Report of the Imperial Institute of Veterinary Research, Muktesar
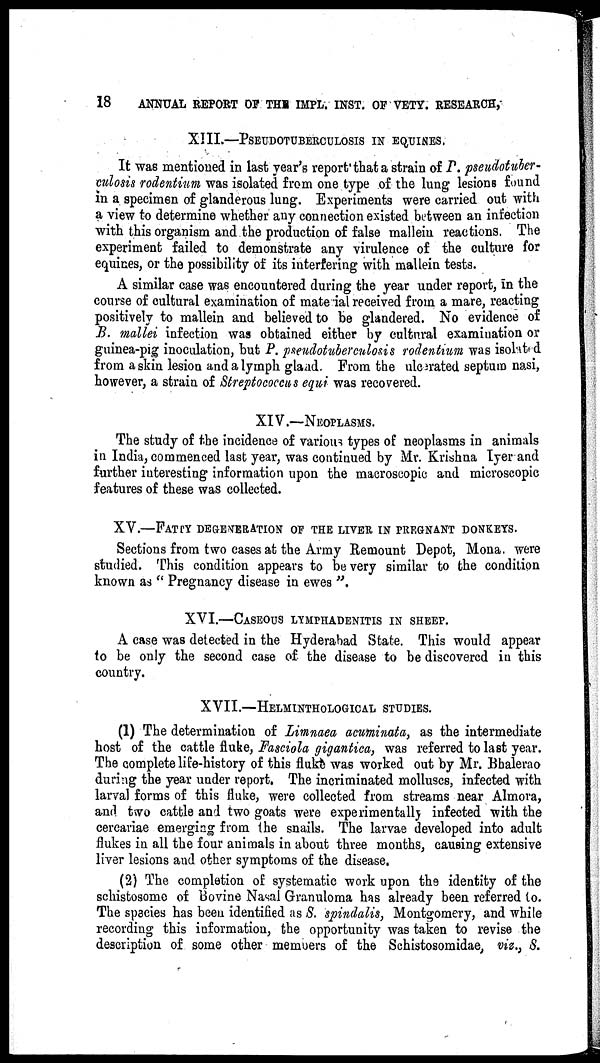
18
ANNUAL REPORT OF THE IMPL. INST. OF VETY. RESEARCH,
XIII.—PSEUDOTUBERCULOSIS IN EQUINES.
It was mentioned in last year's report that a strain of P. pseudotuber-
culosis rodentium was isolated from one type of the lung lesions found
in a specimen of glanderous lung. Experiments were carried out with
a view to determine whether any connection existed between an infection
with this organism and the production of false mallein reactions. The
experiment failed to demonstrate any virulence of the culture for
equines, or the possibility of its interfering with mallein tests.
A similar case was encountered during the year under report, in the
course of cultural examination of material received from a mare, reacting
positively to mallein and believed to be glandered. No evidence of
B. mallei infection was obtained either by cultural examination or
guinea-pig inoculation, but P. pseudotuberculosis rodentium was isolated
from a skin lesion and a lymph gland. From the ulcerated septum nasi,
however, a strain of Streptococcus equi was recovered.
XIV.—NEOPLASMS.
The study of the incidence of various types of neoplasms in animals
in India, commenced last year, was continued by Mr. Krishna Iyer and
further interesting information upon the macroscopic and microscopic
features of these was collected.
XV.—FATTY DEGENERATION OF THE LIVER IN PREGNANT DONKE
Sections from two cases at the Army Remount Depot, Mona were
studied. This condition appears to be very similar to the condition
known as " Pregnancy disease in ewes ".
XVI.—CASEOUS LYMPHADENITIS IN SHEEP.
A case was detected in the Hyderabad State. This would appear
to be only the second case of the disease to be discovered in this
country.
XVII.—HELMINTHOLOGICAL STUDIES.
(1) The determination of Limnaea acuminata, as the intermediate
host of the cattle fluke, Fasciola gigantica, was referred to last year.
The complete life-history of this fluke was worked out by Mr. Bhalerao
during the year under report. The incriminated molluscs, infected with
larval forms of this fluke, were collected from streams near Almora,
and two cattle and two goats were experimentally infected with the
cercariae emerging from the snails. The larvae developed into adult
flukes in all the four animals in about three months, causing extensive
liver lesions and other symptoms of the disease.
(2) The completion of systematic work upon the identity of the
schistosome of Bovine Nasal Granuloma has already been referred to.
The species has been identified as S. spindalis, Montgomery, and while
recording this information, the opportunity was taken to revise the
description of some other memuers of the Schistosomidae, viz., S.